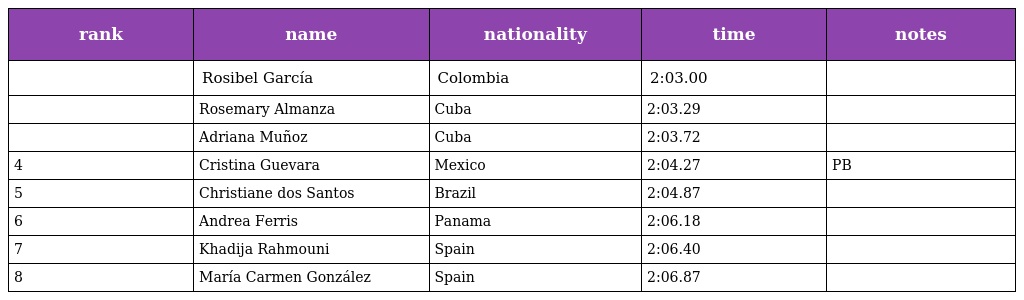
| rank | name | nationality | time | notes |
 | --- | --- | --- | --- | --- |
 |  | Rosibel García | Colombia | 2:03.00 |  |
 |  | Rosemary Almanza | Cuba | 2:03.29 |  |
 |  | Adriana Muñoz | Cuba | 2:03.72 |  |
 | 4 | Cristina Guevara | Mexico | 2:04.27 | PB |
 | 5 | Christiane dos Santos | Brazil | 2:04.87 |  |
 | 6 | Andrea Ferris | Panama | 2:06.18 |  |
 | 7 | Khadija Rahmouni | Spain | 2:06.40 |  |
 | 8 | María Carmen González | Spain | 2:06.87 |  |